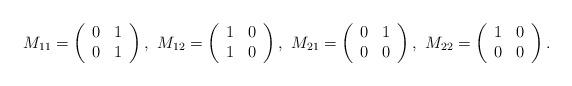
LaTeX: \begin{gather*}M_{11}=\left(\begin{array}{cc}0&1\\ 0&1\end{array}\right),\,\,M_{12}=\left(\begin{array}{cc}1&0\\ 1&0\end{array}\right),\,\,M_{21}=\left(\begin{array}{cc}0&1\\ 0&0\end{array}\right),\,\,M_{22}=\left(\begin{array}{cc}1&0\\ 0&0\end{array}\right).\end{gather*}